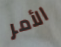
الأمر